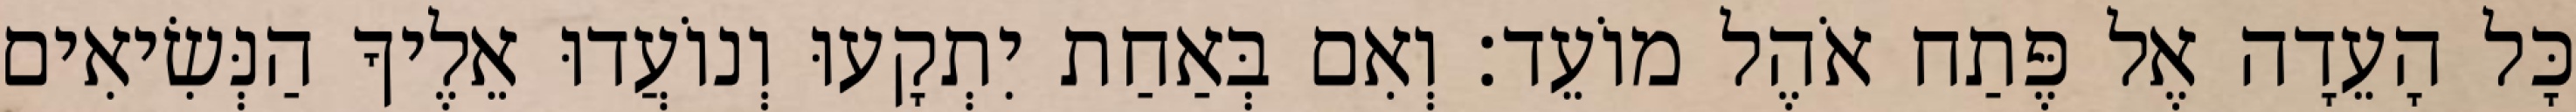
כָּל הָעֵדָה אֶל פֶּתַח אֹהֶל מוֹעֵד׃ וְאִם בְּאַחַת יִתְקָעוּ וְנוֹעֲדוּ אֵלֶיךָ הַנְּשִׂיאִים